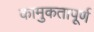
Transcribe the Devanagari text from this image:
कामुकतापूर्ण